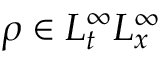
\rho \in L _ { t } ^ { \infty } L _ { x } ^ { \infty }